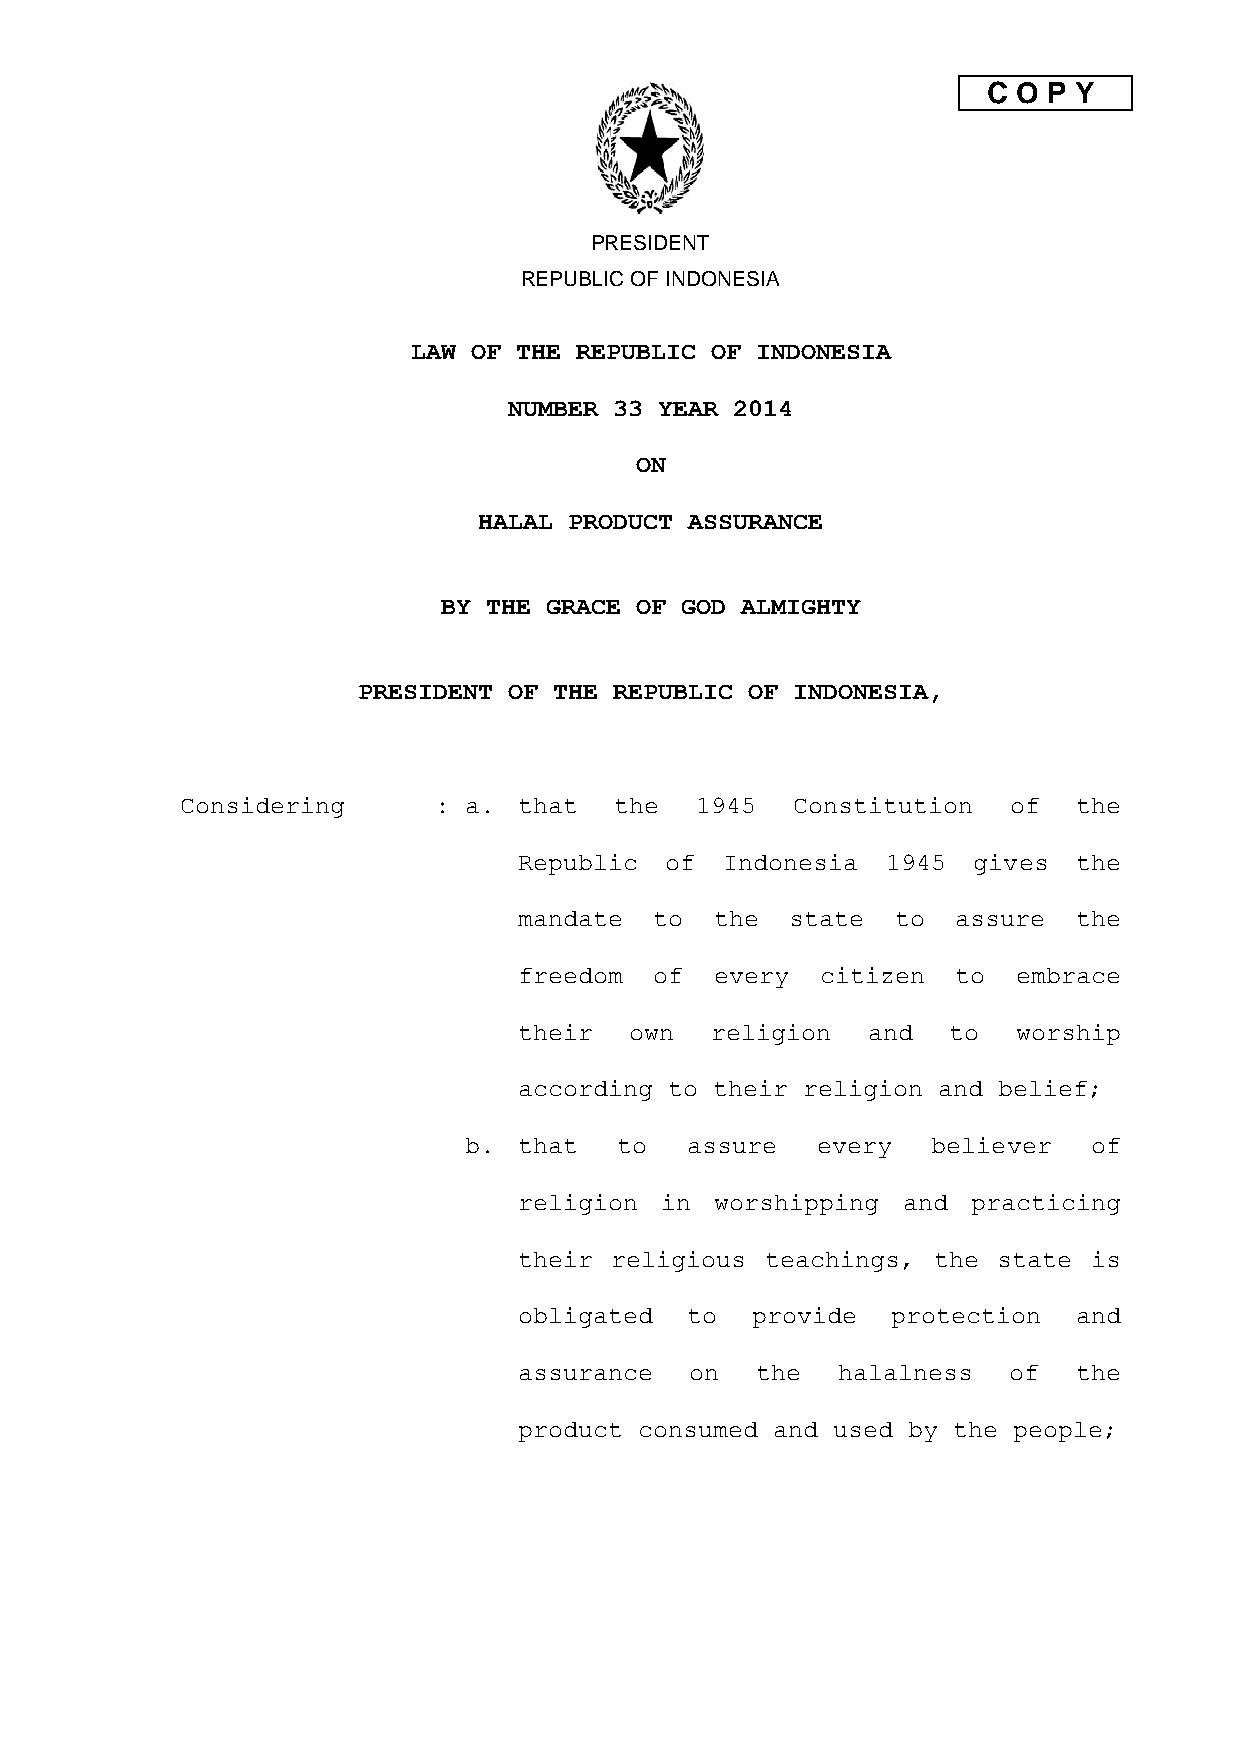
C O P Y
 PRESIDENT
 REPUBLIC OF INDONESIA
 LAW OF THE REPUBLIC OF INDONESIA
 NUMBER 33 YEAR 2014
 ON
 HALAL PRODUCT ASSURANCE
 BY THE GRACE OF GOD ALMIGHTY
 PRESIDENT OF THE REPUBLIC OF INDONESIA,
 Considering      : a. that   the  1945  Constitution   of  the
 Republic  of  Indonesia  1945 gives  the
 mandate  to  the  state  to  assure  the
 freedom  of  every  citizen  to  embrace
 their   own  religion  and   to  worship
 according to their religion and belief;
 b. that   to  assure   every   believer  of
 religion  in worshipping  and practicing
 their religious  teachings, the state is
 obligated  to   provide  protection  and
 assurance   on  the  halalness   of  the
 product consumed and used by the people;